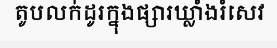
តូបលក់ដូរក្នុងផ្សារឃ្លាំងរំសេវ